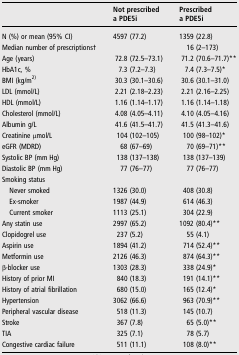
<table><thead><tr><td></td><td><b>Not prescribed a PDE5i</b></td><td><b>Prescribed a PDE5i</b></td></tr></thead><tbody><tr><td>N (%) or mean (95% CI)</td><td>4597 (77.2)</td><td>1359 (22.8)</td></tr><tr><td>Median number of prescriptions†</td><td></td><td>16 (2–173)</td></tr><tr><td>Age (years)</td><td>72.8 (72.5–73.1)</td><td>71.2 (70.6–71.7)**</td></tr><tr><td>HbA1c, %</td><td>7.3 (7.2–7.3)</td><td>7.4 (7.3–7.5)*</td></tr><tr><td>BMI (kg/m<sup>2)</sup></td><td>30.3 (30.1–30.6)</td><td>30.6 (30.1–31.0)</td></tr><tr><td>LDL (mmol/L)</td><td>2.21 (2.18–2.23)</td><td>2.21 (2.16–2.25)</td></tr><tr><td>HDL (mmol/L)</td><td>1.16 (1.14–1.17)</td><td>1.16 (1.14–1.18)</td></tr><tr><td>Cholesterol (mmol/L)</td><td>4.08 (4.05–4.11)</td><td>4.10 (4.05–4.16)</td></tr><tr><td>Albumin g/L</td><td>41.6 (41.5–41.7)</td><td>41.5 (41.3–41.6)</td></tr><tr><td>Creatinine μmol/L</td><td>104 (102–105)</td><td>100 (98–102)*</td></tr><tr><td>eGFR (MDRD)</td><td>68 (67–69)</td><td>70 (69–71)**</td></tr><tr><td>Systolic BP (mm Hg)</td><td>138 (137–138)</td><td>138 (137–139)</td></tr><tr><td>Diastolic BP (mm Hg)</td><td>77 (76–77)</td><td>77 (76–77)</td></tr><tr><td colspan="3">Smoking status</td></tr><tr><td> Never smoked</td><td>1326 (30.0)</td><td>408 (30.8)</td></tr><tr><td> Ex-smoker</td><td>1987 (44.9)</td><td>614 (46.3)</td></tr><tr><td> Current smoker</td><td>1113 (25.1)</td><td>304 (22.9)</td></tr><tr><td>Any statin use</td><td>2997 (65.2)</td><td>1092 (80.4)**</td></tr><tr><td>Clopidogrel use</td><td>237 (5.2)</td><td>55 (4.1)</td></tr><tr><td>Aspirin use</td><td>1894 (41.2)</td><td>714 (52.4)**</td></tr><tr><td>Metformin use</td><td>2126 (46.3)</td><td>874 (64.3)**</td></tr><tr><td>β-blocker use</td><td>1303 (28.3)</td><td>338 (24.9)*</td></tr><tr><td>History of prior MI</td><td>840 (18.3)</td><td>191 (14.1)**</td></tr><tr><td>History of atrial fibrillation</td><td>680 (15.0)</td><td>165 (12.4)*</td></tr><tr><td>Hypertension</td><td>3062 (66.6)</td><td>963 (70.9)**</td></tr><tr><td>Peripheral vascular disease</td><td>518 (11.3)</td><td>145 (10.7)</td></tr><tr><td>Stroke</td><td>367 (7.8)</td><td>65 (5.0)**</td></tr><tr><td>TIA</td><td>325 (7.1)</td><td>78 (5.7)</td></tr><tr><td>Congestive cardiac failure</td><td>511 (11.1)</td><td>108 (8.0)**</td></tr></tbody></table>